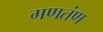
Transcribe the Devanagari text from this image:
गणतंण